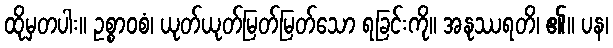
ထိုမှတပါး။ ဥစ္စာဝစံ၊ ယုတ်ယုတ်မြတ်မြတ်သော ရခြင်းကို။ အနုဿရတိ၊ ၏။ ပန၊